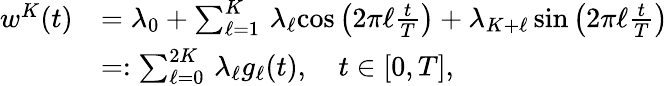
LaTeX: \begin{array}{rl}{w^{K}(t)}&{=\lambda_{0}+\sum_{\ell=1}^{K}\, \lambda_{\ell}{\cos\left(2\pi\ell\frac{t}{T}\right)}+\lambda_{K+\ell}\, {\sin\left(2\pi\ell\frac{t}{T}\right)}}\\ &{=:\sum_{\ell=0}^{2K}\, \lambda_{\ell}g_{\ell}(t),\quad t\in[0,T],}\end{array}